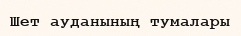
Шет ауданының тумалары